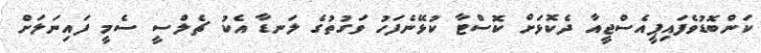
ކަންބޮޑުވެފައިޕީއެސްޖީއާ ދެކޮޅަށް ކޮސްޓާ ކުޅޭނެފަހު ވަގުތުގެ ލަނޑާ އެކު ޗެލްސީ ސެމީ ފައިނަލަށް